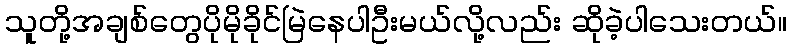
သူတို့အချစ်တွေပိုမိုခိုင်မြဲနေပါဦးမယ်လို့လည်း ဆိုခဲ့ပါသေးတယ်။